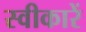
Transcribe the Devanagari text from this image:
स्वीकारें